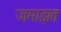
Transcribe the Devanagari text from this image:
जमाझत